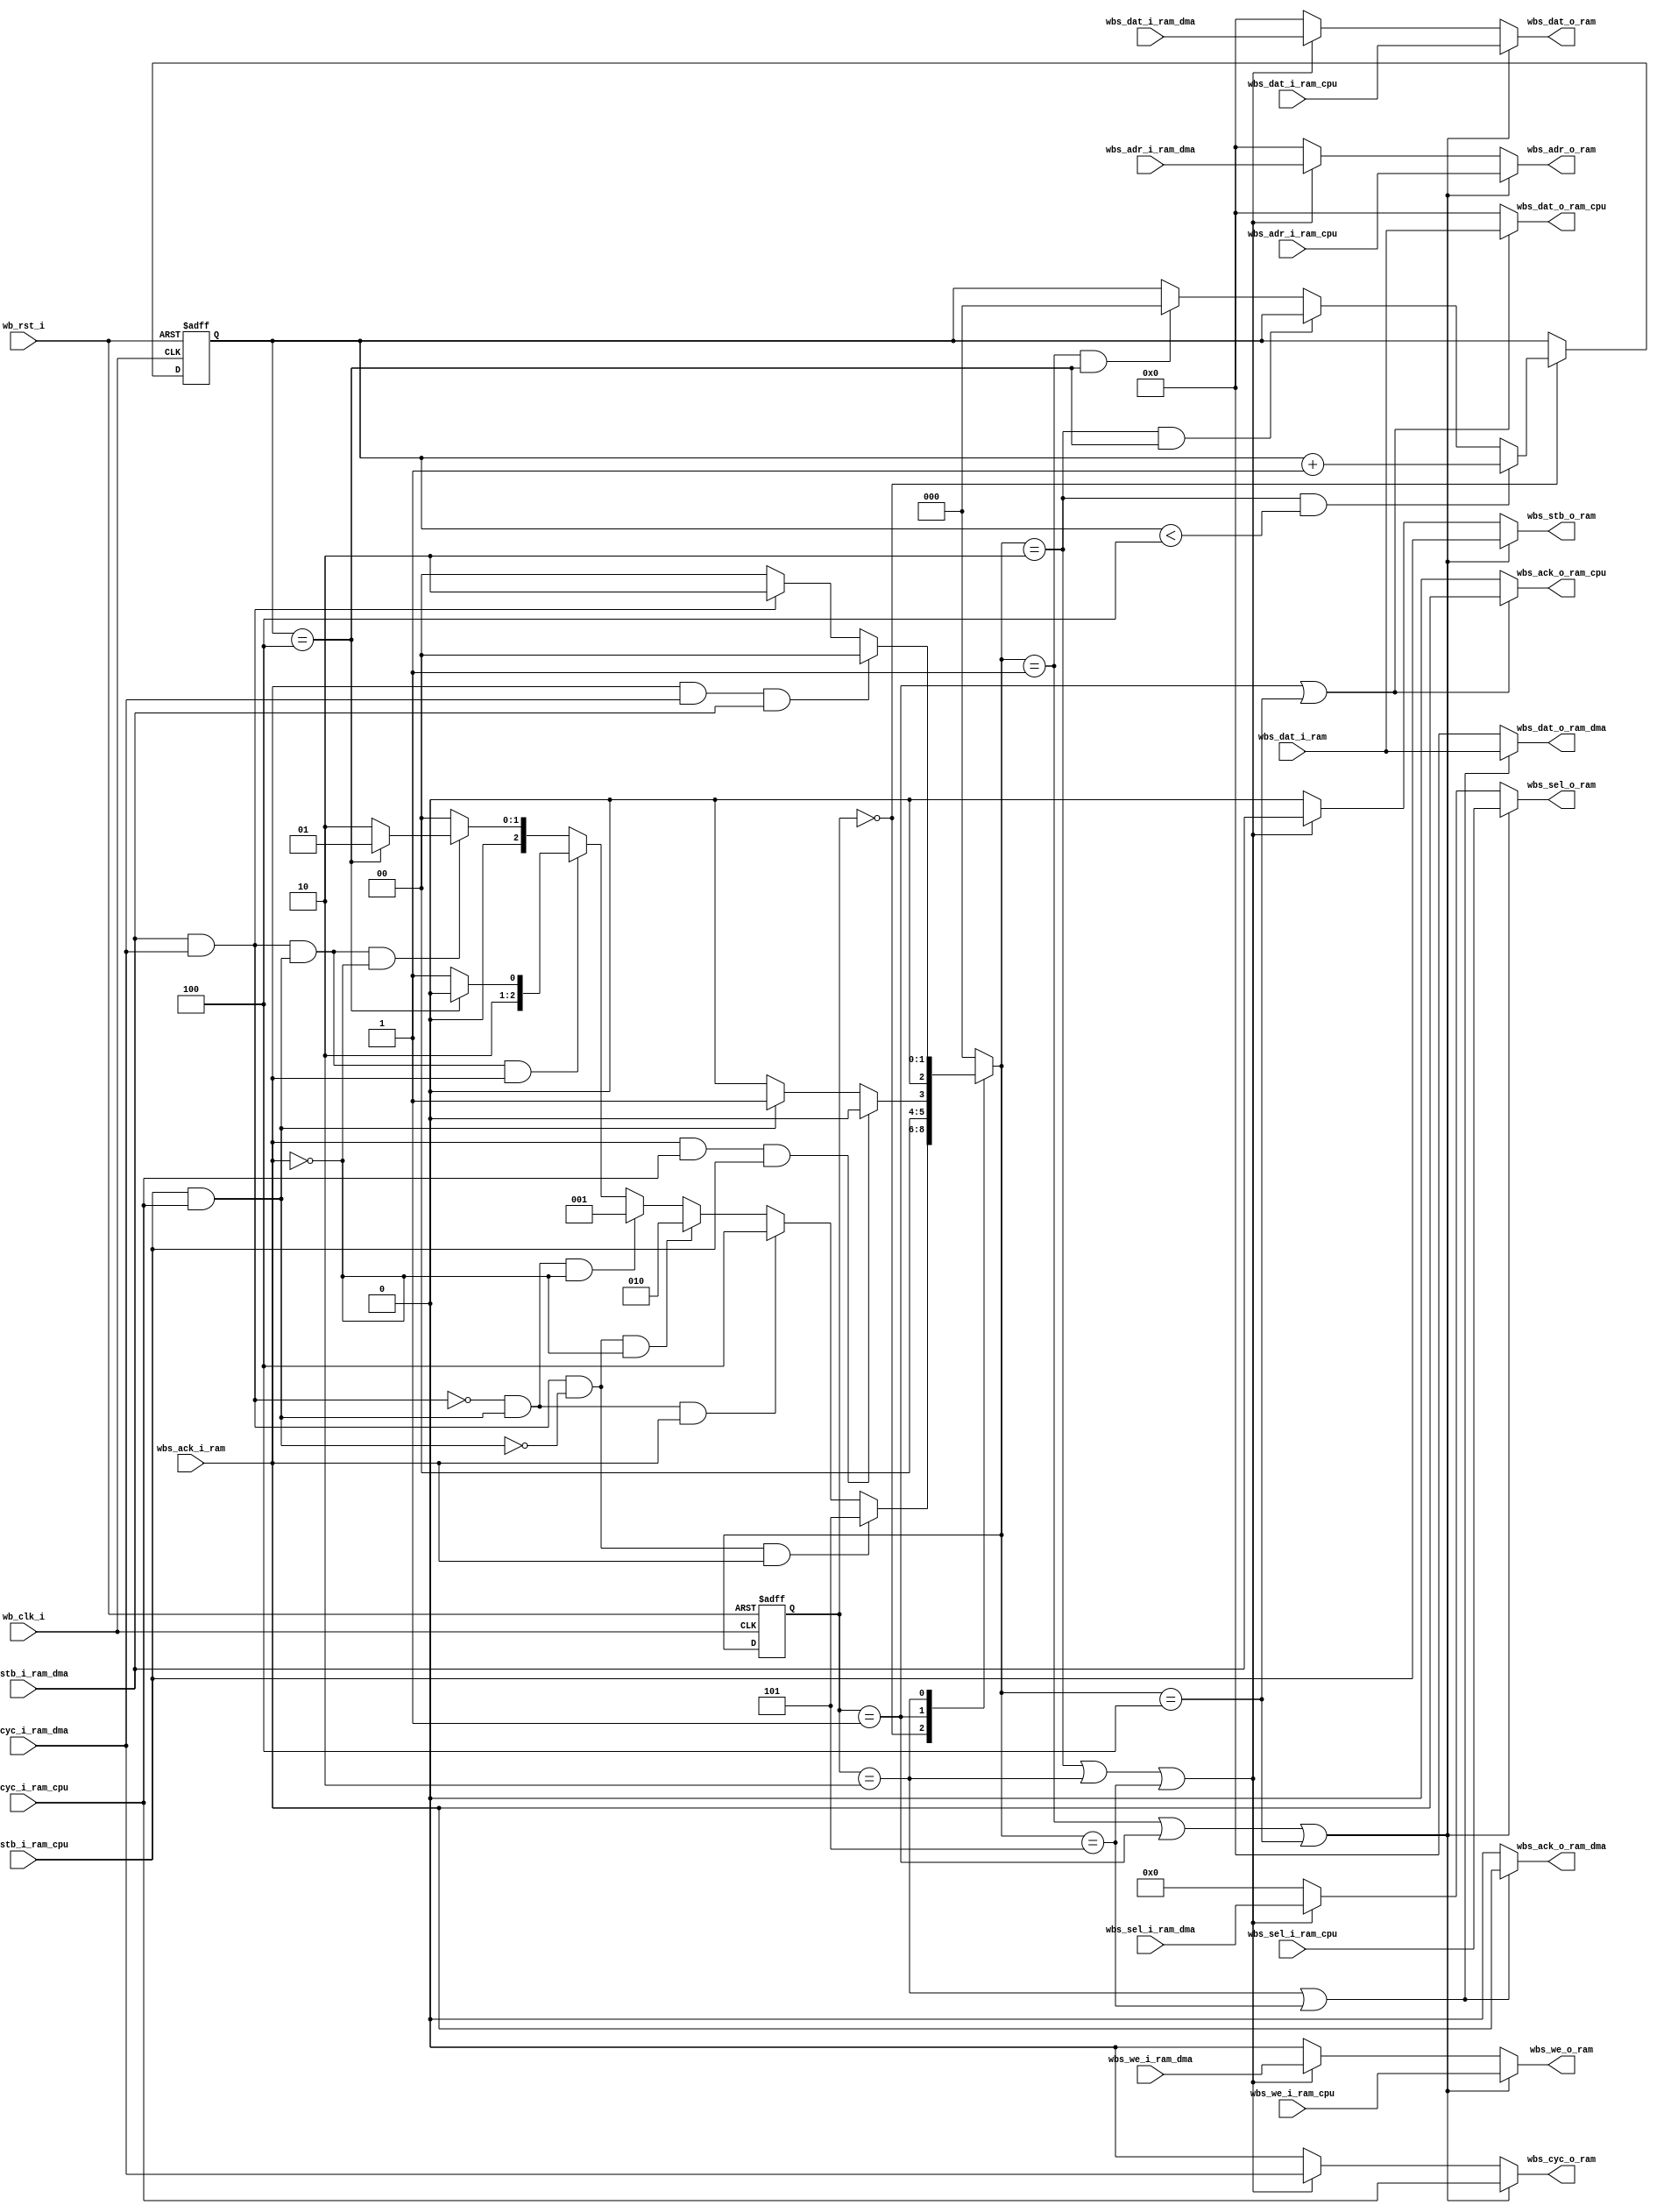
module arbiter(
    input wb_clk_i,
    input wb_rst_i,

    input wbs_stb_i_ram_cpu,
    input wbs_cyc_i_ram_cpu,
    input wbs_we_i_ram_cpu,
    input [3:0] wbs_sel_i_ram_cpu,
    input [31:0] wbs_dat_i_ram_cpu,
    input [31:0] wbs_adr_i_ram_cpu,
    output wbs_ack_o_ram_cpu,
    output [31:0] wbs_dat_o_ram_cpu,

    input wbs_stb_i_ram_dma,
    input wbs_cyc_i_ram_dma,
    input wbs_we_i_ram_dma,
    input [3:0] wbs_sel_i_ram_dma,
    input [31:0] wbs_dat_i_ram_dma,
    input [31:0] wbs_adr_i_ram_dma,
    output wbs_ack_o_ram_dma,
    output [31:0] wbs_dat_o_ram_dma,

    output wbs_stb_o_ram,
    output wbs_cyc_o_ram,
    output wbs_we_o_ram,
    output [3:0] wbs_sel_o_ram,
    output [31:0] wbs_dat_o_ram,
    output [31:0] wbs_adr_o_ram,
    input wbs_ack_i_ram,
    input [31:0] wbs_dat_i_ram
);

//arbiter
wire wbs_stb_i;
wire wbs_cyc_i;
wire wbs_we_i;
wire [3:0] wbs_sel_i;
wire [31:0] wbs_dat_i;
wire [31:0] wbs_adr_i;
wire wbs_ack_o;
wire [31:0] wbs_dat_o;

wire dma_valid, cpu_valid;
wire arb1_switch; // 0: cpu 1:dma;
reg[2:0] arb1_state, arb1_next_state;
reg[2:0] arb1_cnt, arb1_cnt_next;
parameter ARB1_CPU = 3'd1;
parameter ARB1_DMA = 3'd2;
parameter ARB1_INIT = 3'd3;
parameter ARB1_ARB = 3'd0;
parameter ARB1_CPU_IM = 3'd4;
parameter ARB1_DMA_IM = 3'd5;
parameter cnt_limit = 3'd4;

//*-----------------------------*//
// arbiter 1                     //
//*-----------------------------*//
assign dma_valid = wbs_stb_i_ram_dma & wbs_cyc_i_ram_dma;
assign cpu_valid = wbs_stb_i_ram_cpu & wbs_cyc_i_ram_cpu;

//--- state ---//
always@(posedge wb_clk_i or posedge wb_rst_i)
    if(wb_rst_i)
        arb1_state <= ARB1_ARB;
    else
        arb1_state <= arb1_next_state;

always@*
    case(arb1_state)
        ARB1_ARB:
            if(dma_valid & ~cpu_valid & wbs_ack_i_ram)
                arb1_next_state = ARB1_DMA_IM;
            else if(~dma_valid & cpu_valid & wbs_ack_i_ram)
                arb1_next_state = ARB1_CPU_IM;
            else if(dma_valid & ~cpu_valid & ~wbs_ack_i_ram)
                arb1_next_state = ARB1_DMA;
            else if(~dma_valid & cpu_valid & ~wbs_ack_i_ram)
                arb1_next_state = ARB1_CPU;
            else if(dma_valid & cpu_valid & wbs_ack_i_ram)
                arb1_next_state = (arb1_switch)?ARB1_DMA_IM:ARB1_CPU_IM;
                //arb1_next_state = ARB1_DMA_IM;
            else if(dma_valid & cpu_valid & ~wbs_ack_i_ram)
                //arb1_next_state = ARB1_DMA;
                arb1_next_state = (arb1_switch)?ARB1_DMA:ARB1_CPU;
            else
                arb1_next_state = ARB1_ARB;
        ARB1_CPU:
            if(wbs_ack_o & wbs_cyc_i_ram_cpu & wbs_stb_i_ram_cpu)
                arb1_next_state = ARB1_ARB;
            else if(~(wbs_cyc_i_ram_cpu & wbs_stb_i_ram_cpu))
                arb1_next_state = ARB1_ARB;
            else
                arb1_next_state = ARB1_CPU;
        ARB1_DMA:
            if(wbs_ack_o & wbs_cyc_i_ram_dma & wbs_stb_i_ram_dma )
                arb1_next_state = ARB1_ARB;
            else if(~(wbs_cyc_i_ram_dma & wbs_stb_i_ram_dma))
                arb1_next_state = ARB1_ARB;
            else
                arb1_next_state = ARB1_DMA;
        default:
            arb1_next_state = ARB1_ARB;
    endcase

//--- cnt ---//
assign arb1_switch = (arb1_cnt == cnt_limit)? 1'b0:1'b1;
always@(*)
    case(arb1_state)
        ARB1_ARB:
            if(arb1_next_state == ARB1_DMA && arb1_cnt < cnt_limit) 
                arb1_cnt_next = arb1_cnt + 3'd1;
            else if(arb1_next_state == ARB1_DMA && arb1_cnt == cnt_limit) 
                arb1_cnt_next = arb1_cnt;
            else if(arb1_next_state == ARB1_CPU && arb1_cnt == cnt_limit)
                arb1_cnt_next = 3'd0;
            else
                arb1_cnt_next = arb1_cnt;
        default:
            arb1_cnt_next = arb1_cnt;
    endcase

always@(posedge wb_clk_i or posedge wb_rst_i)
    if(wb_rst_i)
        arb1_cnt <= 3'd0;
    else
        arb1_cnt <= arb1_cnt_next;

//--- decode ---//
assign wbs_stb_i =  (arb1_next_state == ARB1_CPU || arb1_state == ARB1_CPU || arb1_next_state == ARB1_CPU_IM )?wbs_stb_i_ram_cpu:
                    (arb1_next_state == ARB1_DMA || arb1_state == ARB1_DMA || arb1_next_state == ARB1_DMA_IM )?wbs_stb_i_ram_dma:1'd0 ; 

assign wbs_cyc_i =  (arb1_next_state == ARB1_CPU || arb1_state == ARB1_CPU || arb1_next_state == ARB1_CPU_IM)?wbs_cyc_i_ram_cpu:
                    (arb1_next_state == ARB1_DMA || arb1_state == ARB1_DMA || arb1_next_state == ARB1_DMA_IM )?wbs_cyc_i_ram_dma:1'd0; 

assign wbs_we_i =   (arb1_next_state == ARB1_CPU || arb1_state == ARB1_CPU || arb1_next_state == ARB1_CPU_IM)?wbs_we_i_ram_cpu:
                    (arb1_next_state == ARB1_DMA || arb1_state == ARB1_DMA || arb1_next_state == ARB1_DMA_IM )?wbs_we_i_ram_dma:1'd0; 

assign wbs_sel_i =  (arb1_next_state == ARB1_CPU || arb1_state == ARB1_CPU || arb1_next_state == ARB1_CPU_IM )?wbs_sel_i_ram_cpu:
                    (arb1_next_state == ARB1_DMA || arb1_state == ARB1_DMA || arb1_next_state == ARB1_DMA_IM)?wbs_sel_i_ram_dma:4'd0; 

assign wbs_dat_i =  (arb1_next_state == ARB1_CPU || arb1_state == ARB1_CPU || arb1_next_state == ARB1_CPU_IM )?wbs_dat_i_ram_cpu:
                    (arb1_next_state == ARB1_DMA || arb1_state == ARB1_DMA || arb1_next_state == ARB1_DMA_IM )?wbs_dat_i_ram_dma:32'd0; 

assign wbs_adr_i =  (arb1_next_state == ARB1_CPU || arb1_state == ARB1_CPU || arb1_next_state == ARB1_CPU_IM )?wbs_adr_i_ram_cpu:
                    (arb1_next_state == ARB1_DMA || arb1_state == ARB1_DMA || arb1_next_state == ARB1_DMA_IM )?wbs_adr_i_ram_dma:32'd0; 

assign wbs_ack_o_ram_cpu =  (arb1_state == ARB1_CPU || arb1_next_state == ARB1_CPU_IM )?wbs_ack_o:1'b0;
assign wbs_ack_o_ram_dma =  (arb1_state == ARB1_DMA || arb1_next_state == ARB1_DMA_IM )?wbs_ack_o:1'b0;
assign wbs_dat_o_ram_cpu =  (arb1_state == ARB1_CPU || arb1_next_state == ARB1_CPU_IM )?wbs_dat_o:32'd0;
assign wbs_dat_o_ram_dma =  (arb1_state == ARB1_DMA || arb1_next_state == ARB1_DMA_IM )?wbs_dat_o:32'd0;


assign wbs_stb_o_ram = wbs_stb_i;
assign wbs_cyc_o_ram = wbs_cyc_i;
assign wbs_we_o_ram = wbs_we_i;
assign wbs_sel_o_ram = wbs_sel_i;
assign wbs_dat_o_ram = wbs_dat_i;
assign wbs_adr_o_ram = wbs_adr_i;

assign wbs_ack_o = wbs_ack_i_ram;
assign wbs_dat_o =  wbs_dat_i_ram;

endmodule